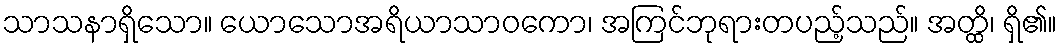
သာသနာရှိသော။ ယောသောအရိယာသာဝကော၊ အကြင်ဘုရားတပည့်သည်။ အတ္ထိ၊ ရှိ၏။